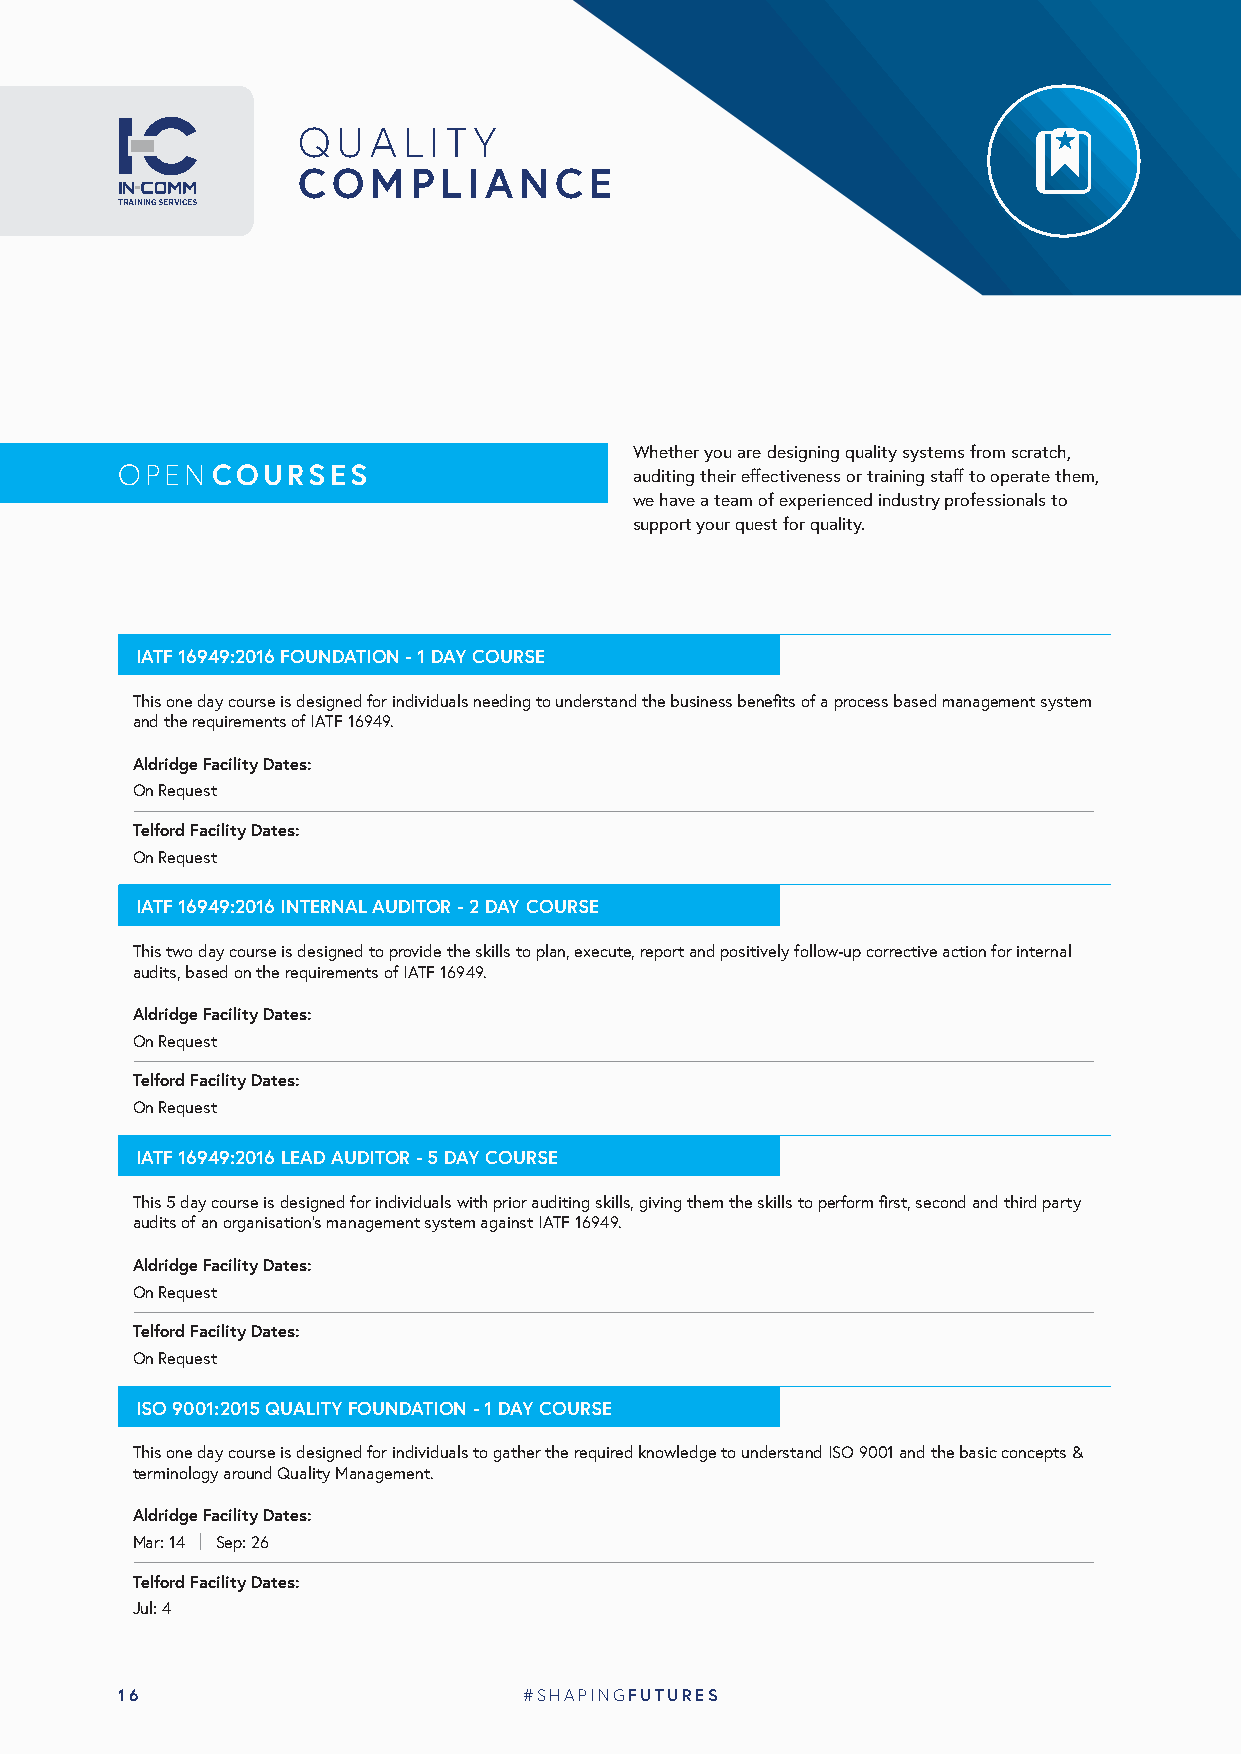
QUALITY
 COMPLIANCE
 TRAINING SERVICES
 Whether you are designing quality systems from scratch,
 OPEN  COURSES                     auditing their effectiveness or training staff to operate them,
 we have a team of experienced industry professionals to
 support your quest for quality.
 IATF 16949:2016 FOUNDATION - 1 DAY COURSE
 This one day course is designed for individuals needing to understand the business benefits of a process based management system
 and the requirements of IATF 16949.
 Aldridge Facility Dates:
 On Request
 Telford Facility Dates:
 On Request
 IATF 16949:2016 INTERNAL AUDITOR - 2 DAY COURSE
 This two day course is designed to provide the skills to plan, execute, report and positively follow-up corrective action for internal
 audits, based on the requirements of IATF 16949.
 Aldridge Facility Dates:
 On Request
 Telford Facility Dates:
 On Request
 IATF 16949:2016 LEAD AUDITOR - 5 DAY COURSE
 This 5 day course is designed for individuals with prior auditing skills, giving them the skills to perform first, second and third party
 audits of an organisation’s management system against IATF 16949.
 Aldridge Facility Dates:
 On Request
 Telford Facility Dates:
 On Request
 ISO 9001:2015 QUALITY FOUNDATION - 1 DAY COURSE
 This one day course is designed for individuals to gather the required knowledge to understand ISO 9001 and the basic concepts &
 terminology around Quality Management.
 Aldridge Facility Dates:
 Mar: 14 Sep: 26
 Telford Facility Dates:
 Jul: 4
 16                         #SHAPINGFUTURES